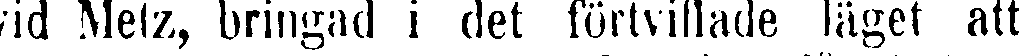
vid Metz, bringad i det förtviflade läget att